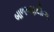
બાળપણથીજ